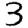
Digit: 3